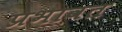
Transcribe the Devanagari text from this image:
प्रभावत